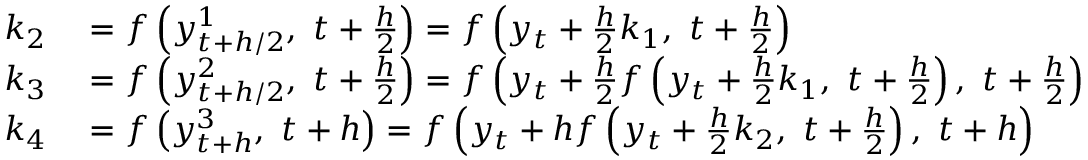
\begin{array} { r l } { k _ { 2 } } & { { } = f \left( y _ { t + h / 2 } ^ { 1 } , \ t + { \frac { h } { 2 } } \right) = f \left( y _ { t } + { \frac { h } { 2 } } k _ { 1 } , \ t + { \frac { h } { 2 } } \right) } \\ { k _ { 3 } } & { { } = f \left( y _ { t + h / 2 } ^ { 2 } , \ t + { \frac { h } { 2 } } \right) = f \left( y _ { t } + { \frac { h } { 2 } } f \left( y _ { t } + { \frac { h } { 2 } } k _ { 1 } , \ t + { \frac { h } { 2 } } \right) , \ t + { \frac { h } { 2 } } \right) } \\ { k _ { 4 } } & { { } = f \left( y _ { t + h } ^ { 3 } , \ t + h \right) = f \left( y _ { t } + h f \left( y _ { t } + { \frac { h } { 2 } } k _ { 2 } , \ t + { \frac { h } { 2 } } \right) , \ t + h \right) } \end{array}